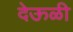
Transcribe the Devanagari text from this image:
देऊळी